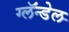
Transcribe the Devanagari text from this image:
ग्लॅन्डेल